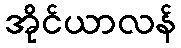
အိုင်ယာလန်